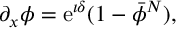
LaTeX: \partial _ { x } \phi = { \mathrm e } ^ { \imath \delta } ( 1 - \bar { \phi } ^ { N } ) ,